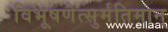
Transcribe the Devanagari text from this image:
विभूषणेत्सुर्मतिमान्